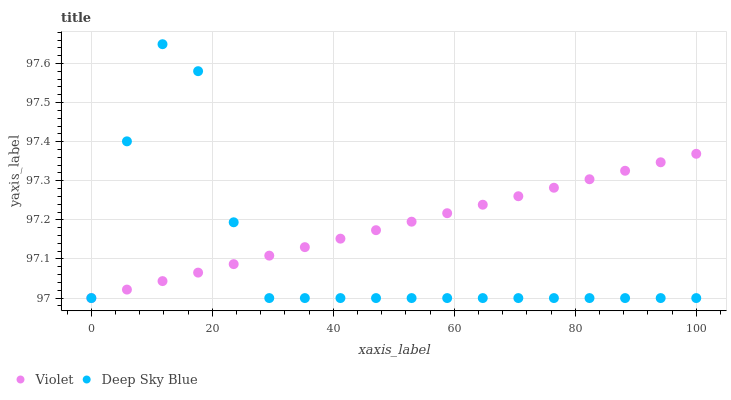
| xaxis_label | Violet | Deep Sky Blue |
 | --- | --- | --- |
 | 0 | 97 | 97 |
 | 5.88 | 97 | 97.4 |
 | 11.8 | 97 | 97.6 |
 | 17.6 | 97.1 | 97.6 |
 | 23.5 | 97.1 | 97.2 |
 | 29.4 | 97.1 | 97 |
 | 35.3 | 97.1 | 97 |
 | 41.2 | 97.2 | 97 |
 | 47.1 | 97.2 | 97 |
 | 52.9 | 97.2 | 97 |
 | 58.8 | 97.2 | 97 |
 | 64.7 | 97.2 | 97 |
 | 70.6 | 97.3 | 97 |
 | 76.5 | 97.3 | 97 |
 | 82.4 | 97.3 | 97 |
 | 88.2 | 97.3 | 97 |
 | 94.1 | 97.3 | 97 |
 | 100 | 97.4 | 97 |